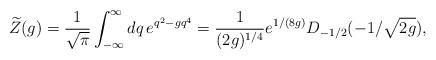
LaTeX: \begin{align*}\widetilde Z(g)={1\over \sqrt{\pi}}\int_{-\infty}^\infty dq\,e^{q^2-gq^4} ={1\over(2g)^{1/4}}e^{1/(8g)}D_{-1/2}(-1/\sqrt{2g}),\end{align*}